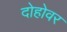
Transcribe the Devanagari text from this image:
दोहोवर